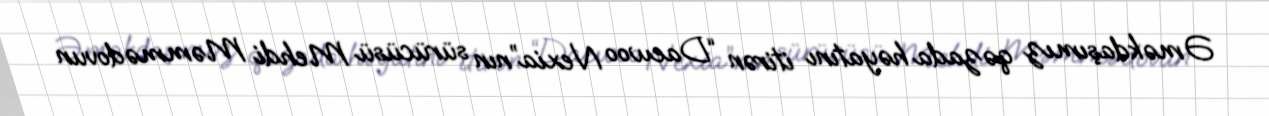
Əməkdaşımız qəzada həyatını itirən “Daewoo Nexia”nın sürücüsü Mehdi Məmmədovun